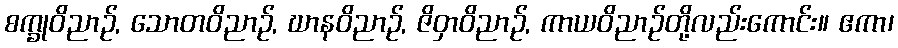
စက္ခုဝိညာဉ်, သောတဝိညာဉ်, ဃာနဝိညာဉ်, ဇိဝှာဝိညာဉ်, ကာယဝိညာဉ်တို့လည်းကောင်း။ ဧကာ၊